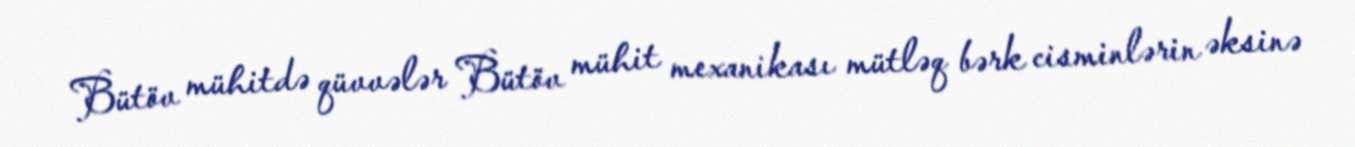
Bütöv mühitdə qüvvələr Bütöv mühit mexanikası mütləq bərk cisminlərin əksinə